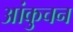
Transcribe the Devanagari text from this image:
आंकुचन